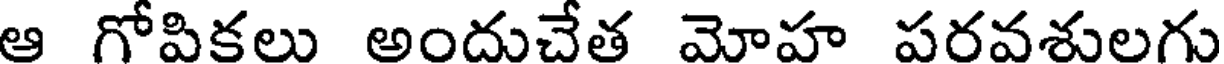
ఆ గోపికలు అందుచేత మోహ పరవశులగు